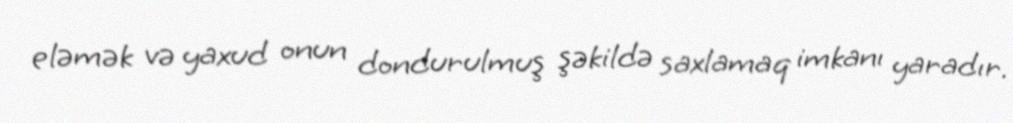
eləmək və yaxud onun dondurulmuş şəkildə saxlamaq imkanı yaradır.